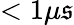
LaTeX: <1\mu\mathfrak{s}